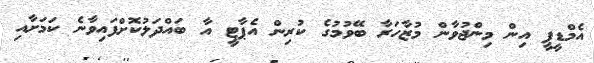
އެމްޑީޕީ އިން މިންޖުވާން މުޒާހަރާ ބޭވުމުގެ ކުރިން އެޕާޓީ އާ ބައްދަލުކޮށްފައިވާނެ ކަމަށާއި